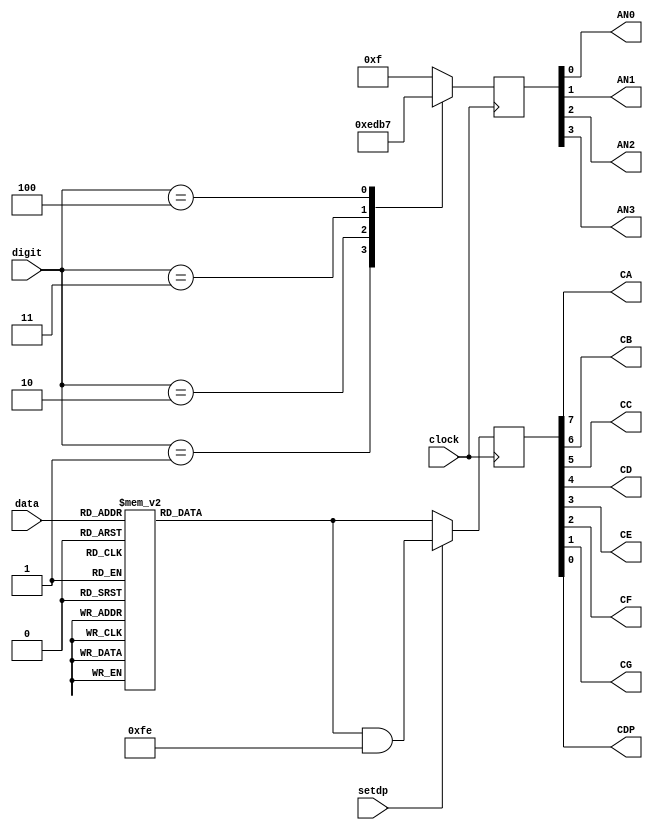
// Seven Segment Display sevensegment.v
// c 2012 Embedded Design using Programmable Gate Arrays  Dennis Silage

module sevensegment(input clock, input [4:0] data,
			input [2:0] digit, input setdp,
			output AN0, AN1, AN2, AN3, CA, CB, CC, CD, CE,
			output CF, CG, CDP);

reg [7:0] cathodedata;		// cathode data
reg [3:0] anodedata;			// anode data
	
assign CA=cathodedata[7];
assign CB=cathodedata[6];
assign CC=cathodedata[5];
assign CD=cathodedata[4];
assign CE=cathodedata[3];
assign CF=cathodedata[2];
assign CG=cathodedata[1];
assign CDP=cathodedata[0];

assign AN3=anodedata[3];
assign AN2=anodedata[2];
assign AN1=anodedata[1];
assign AN0=anodedata[0];

always@(negedge clock)
	begin
		case (data)
			0: cathodedata=8'b00000011;	// 0
			1: cathodedata=8'b10011111;	// 1
			2: cathodedata=8'b00100101;	// 2
			3: cathodedata=8'b00001101;	// 3
			4: cathodedata=8'b10011001;	// 4
			5: cathodedata=8'b01001001;	// 5
			6: cathodedata=8'b01000001;	// 6
			7: cathodedata=8'b00011111;	// 7
			8: cathodedata=8'b00000001;	// 8
			9: cathodedata=8'b00001001;	// 9
			10: cathodedata=8'b00010001;	// A			
			11: cathodedata=8'b11000001;	// b
			12: cathodedata=8'b01100011;	// C
			13: cathodedata=8'b10000101;	// d
			14: cathodedata=8'b01100001;	// E
			15: cathodedata=8'b01110001;	// F
			16: cathodedata=8'b11111101;	// middle (minus sign)
			17: cathodedata=8'b01111111;	// top
			18: cathodedata=8'b10111111;	// right top
			19: cathodedata=8'b11011111;	// right bottom
			20: cathodedata=8'b11101111;	// bottom
			21: cathodedata=8'b11110111;	// left bottom
			22: cathodedata=8'b11111011;	// left top
			23: cathodedata=8'b11011001;	// left top, 
													// middle, right bottom
			24: cathodedata=8'b10110101;	// left bottom, middle,
													// right top
			25: cathodedata=8'b11000101;	// bottom small o
			26: cathodedata=8'b00111001;	// top small o (degree)
			27: cathodedata=8'b11010101;	// bottom,
													// inverted small u
			28: cathodedata=8'b10111001;	// top, small u
			29: cathodedata=8'b11000111;	// bottom, small u
			30: cathodedata=8'b00111011;	// top,
													// inverted small u
			31: cathodedata=8'b11111111;	// all OFF
		endcase
		
		if (setdp==1)
			cathodedata=cathodedata & 8'hFE;
			
		case (digit)
			0:	anodedata=4'b1111;			// all OFF
			1: anodedata=4'b1110;			// AN0
			2:	anodedata=4'b1101;			// AN1
			3: anodedata=4'b1011;			// AN2
			4:	anodedata=4'b0111;			// AN3
			default:
				anodedata=4'b1111;			// all OFF
		endcase		

	end

endmodule